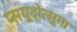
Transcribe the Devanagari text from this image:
प्सयूदोत्सुगा